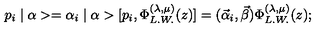
p _ { i } \mid \alpha > = \alpha _ { i } \mid \alpha > [ p _ { i } , \Phi _ { L . W . } ^ { ( \lambda , \mu ) } ( z ) ] = ( \vec { \alpha } _ { i } , \vec { \beta } ) \Phi _ { L . W . } ^ { ( \lambda , \mu ) } ( z ) ;